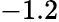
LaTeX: -1.2